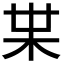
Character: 𭩠